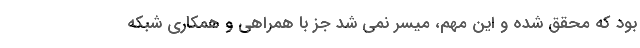
بود که محقق شده و این مهم، میسر نمی شد جز با همراهی و همکاری شبکه